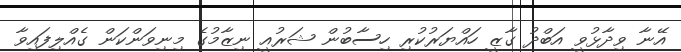
އޭނާ ވިދާޅުވީ އަބްދު ގާޒީ ހައްޔަރުކުރި ހިސާބުން ޝަރުއީ ނިޒާމުގެ މިނިވަންކަން ގެއްލިފައިވާ